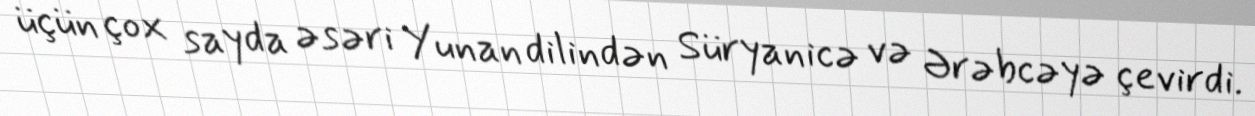
üçün çox sayda əsəri Yunan dilindən Süryanicə və Ərəbcəyə çevirdi.